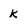
Character: K